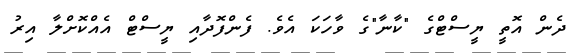
ދެން އޮތީ ޔީސްޓްގެ "ކާނާ"ގެ ވާހަކަ އެވެ. ފެންފޮދާއި ޔީސްޓް އެއްކޮށްލާ އިރު